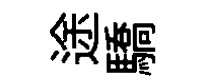
途驕